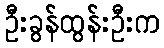
ဦးခွန်ထွန်းဦးက